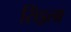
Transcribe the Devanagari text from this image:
सिंड्रला